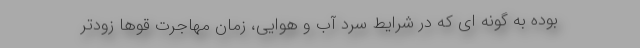
بوده به گونه ای که در شرایط سرد آب و هوایی، زمان مهاجرت قوها زودتر